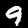
Label: 9